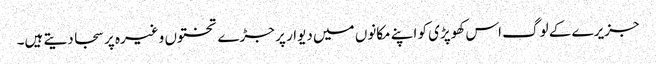
جزیرے کے لوگ اس کھوپڑی کو اپنے مکانوں میں دیوار پر جڑے تختوں وغیرہ پر سجا دیتے ہیں۔